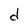
Character: d